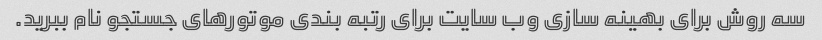
سه روش برای بهینه سازی وب سایت برای رتبه بندی موتورهای جستجو نام ببرید.